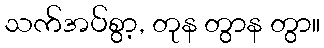
သက်အပ်စွာ့, တုန တွာန တွာ။